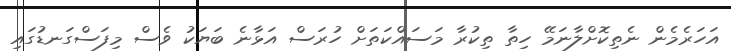
އަހަރެމެން ނެތިކޮށްލާނަމޭ ހިތާ ތިކުރާ މަސައްކަތަށް ހުރަސް އަޅާނެ ބަޔަކު ވެސް މިފަސްގަނޑުގައި